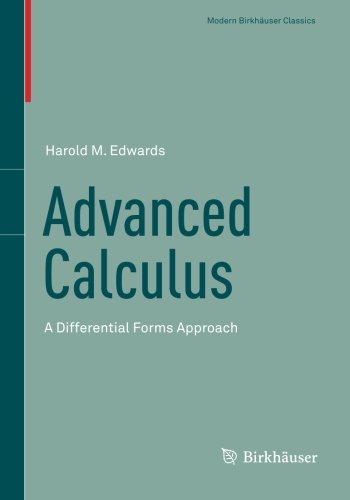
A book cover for Advanced Calculus: A Differential Forms Approach (Modern BirkhÃ¤user Classics); Harold M. Edwards; Science & Math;